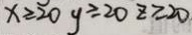
x \geq 2 0 y \geq 2 0 z \geq 2 0